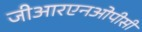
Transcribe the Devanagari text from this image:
जीआरएनओपीसी